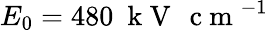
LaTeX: E_{0}=480~\mathrm{~k~V~\, ~c~m~}^{-1}